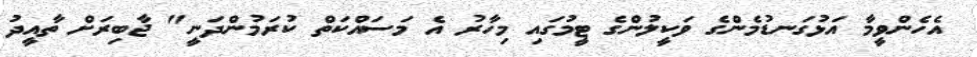
އެހެންވީމާ އަޅުގަނޑުމެންގެ ވަކީލުންގެ ޓީމުގައި މިހާރު އެ މަސައްކަތް ކުރަމުންދަނީ" ޖާބިރަށް ތާއީދު